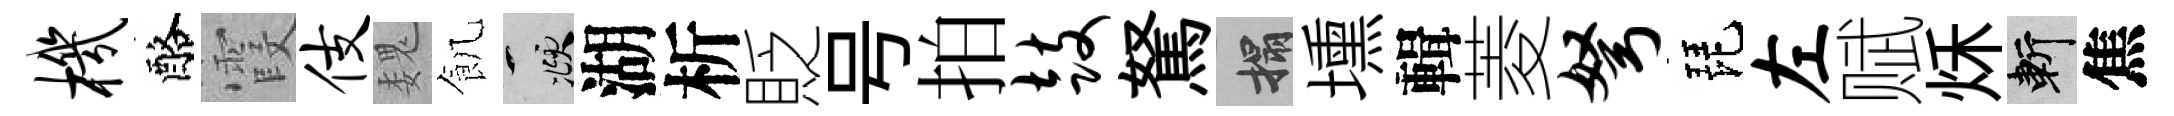
机酪霞伎魏飢頫湖析貶号拍鼓駑搨壎輯菱弩琵左赋秌斬焦